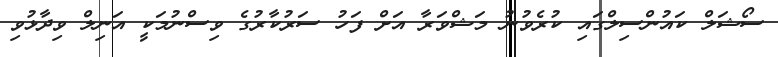
ސޯޝަލް ކައުންސިލްގައި ކުރެވުނު މަޝްވަރާ އަށް ފަހު ސަރުކާރުގެ ވިސްނުމަކީ އަނިލް ވިދާޅުވި